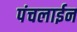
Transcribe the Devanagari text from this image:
पंचलाईन